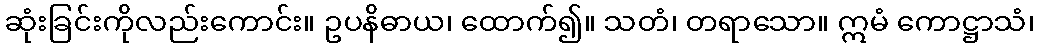
ဆုံးခြင်းကိုလည်းကောင်း။ ဥပနိဓာယ၊ ထောက်၍။ သတံ၊ တရာသော။ ဣမံ ကောဋ္ဌာသံ၊